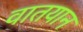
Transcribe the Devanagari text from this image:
वातयान